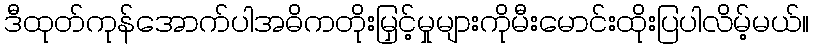
ဒီထုတ်ကုန်အောက်ပါအဓိကတိုးမြှင့်မှုများကိုမီးမောင်းထိုးပြပါလိမ့်မယ်။